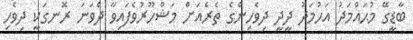
ބާޑީގޭ މުޙައްމަދު އަހުމަދު ދީދީ ދިވެހިންގެ ތެރެއަށް މަޝްހޫރުވެފައިވާ ދެވަނަ ރޮނގަކީ ދިވެހި